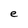
Character: e